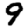
Digit: 9